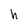
Character: h